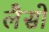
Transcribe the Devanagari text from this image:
लैसो